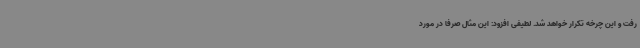
رفت و این چرخه تکرار خواهد شد. لطیفی افزود: این مثال صرفا در مورد